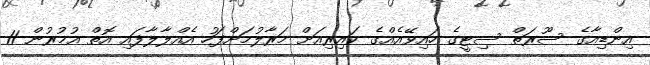
އިންޑިއާގެ ސޫރަތް ސިޓީގެ ހައިވޭއެއްގެ ކައިރިއަށް މަރާލުމަށްފަހު އެއްލާލާފައި އޮތް އުމުރުން 11